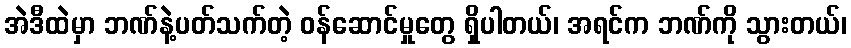
အဲဒီထဲမှာ ဘဏ်နဲ့ပတ်သက်တဲ့ ဝန်ဆောင်မှုတွေ ရှိပါတယ်၊ အရင်က ဘဏ်ကို သွားတယ်၊